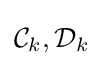
{\mathcal {C}}_{k},{\mathcal {D}}_{k}